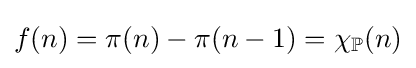
f(n)=\pi (n)-\pi (n-1)=\chi _{\mathbb {P} }(n)